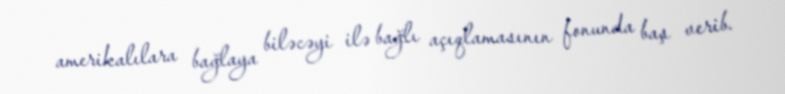
amerikalılara bağlaya biləcəyi ilə bağlı açıqlamasının fonunda baş verib.